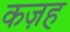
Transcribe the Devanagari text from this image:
कज़ह